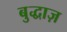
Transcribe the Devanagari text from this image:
बुद्धाज़